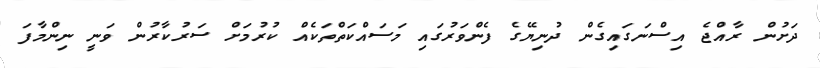
ދަށުން ރާއްޖެ އިސްނަގައިގެން ދުނިޔޭގެ ފެންވަރުގައި މަސައްކަތްތަކެއް ކުރުމަށް ސަރުކާރުން ވަނީ ނިންމާފަ